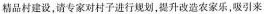
精品村建设，清专家对村子进行规划，提升改造农家乐，吸引来